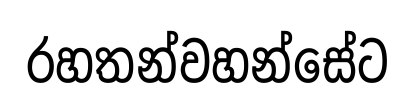
රහතන්වහන්සේට